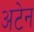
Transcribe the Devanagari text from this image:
अटेन